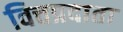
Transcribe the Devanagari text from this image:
वित्तप्रदाता